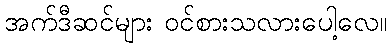
အက်ဒီဆင်များ ဝင်စားသလားပေါ့လေ။